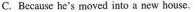
C.Because he's moved into a new house.